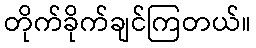
တိုက်ခိုက်ချင်ကြတယ်။